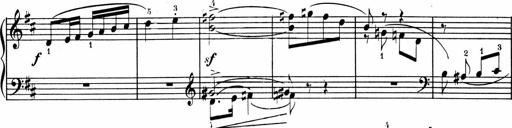
Title: 1Ã¨re Sonatine
Composer: FrÃ©dÃ©ric Binet